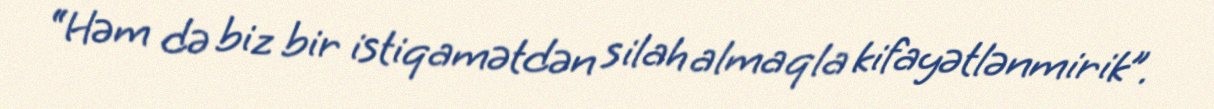
“Həm də biz bir istiqamətdən silah almaqla kifayətlənmirik”.